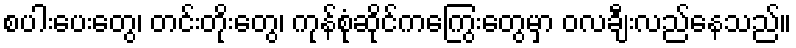
စပါးပေးတွေ၊ တင်းတိုးတွေ၊ ကုန်စုံဆိုင်ကကြွေးတွေမှာ ဝလချီးလည်နေသည်။